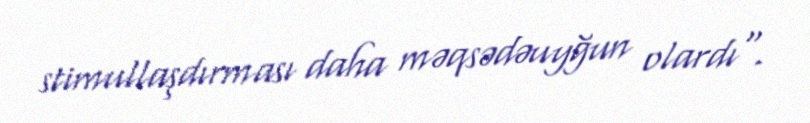
stimullaşdırması daha məqsədəuyğun olardı".